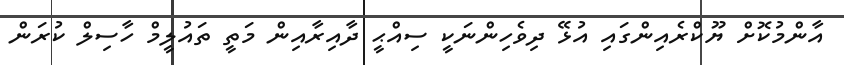
އާންމުކޮށް ޔޫކްރެއިންގައި އުޅޭ ދިވެހިންނަކީ ސިއްޙީ ދާއިރާއިން މަތީ ތައުލީމް ހާސިލް ކުރަން